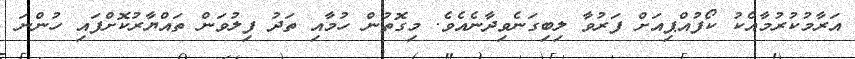
އަރާމުކުރުމާއެކު ކޯފުއްޕިއަށް ފަރުވާ ލިބިގަނެވިދާނެއެވެ. މިގޮތުން ހުމާއި ތަދު ފިލުވަން ތައްޔާރުކޮށްފައި ހުންނަ